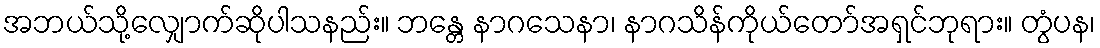
အဘယ်သို့လျှောက်ဆိုပါသနည်း။ ဘန္တေ နာဂသေနာ၊ နာဂသိန်ကိုယ်တော်အရှင်ဘုရား။ တွံပန၊